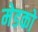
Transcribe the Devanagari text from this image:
मेडको